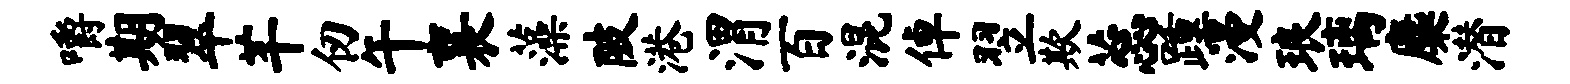
嚼期翠芊仞午襄藻陂港渭百混倬翌欺蕊踵漫琅璃麋潜